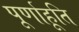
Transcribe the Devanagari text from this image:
पूर्णाहूति